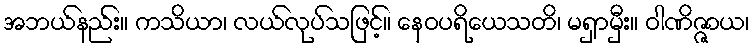
အဘယ်နည်း။ ကသိယာ၊ လယ်လုပ်သဖြင့်။ နေဝပရိယေသတိ၊ မရှာမှီး။ ဝါဏိဇ္ဇာယ၊